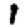
Digit: 1